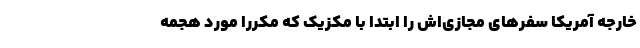
خارجه آمریکا سفرهای مجازی‌اش را ابتدا با مکزیک که مکررا مورد هجمه